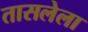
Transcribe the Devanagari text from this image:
तासलेला